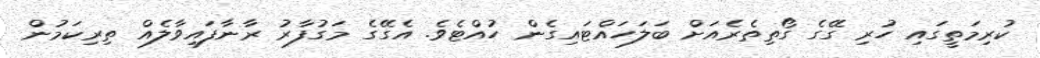
ކުރިމަތީގައި ހުރި ގޭގެ ގޯތިތެރެއަށް ބަލަހައްޓައިގެން ހުއްޓެވެ. އެގޭގެ މަގުފާރު ރާނާފައިވާލެއް ތިރިކަމުން